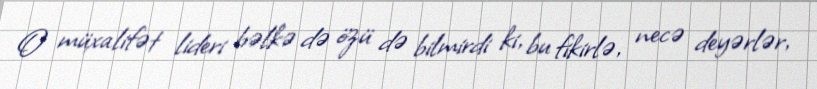
O müxalifət lideri bəlkə də özü də bilmirdi ki, bu fikirlə, necə deyərlər,